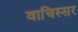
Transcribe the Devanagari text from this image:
वाचिस्सर